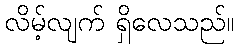
လိမ့်လျက် ရှိလေသည်။